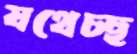
যথেচ্ছ